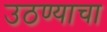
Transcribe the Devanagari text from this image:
उठण्याचा